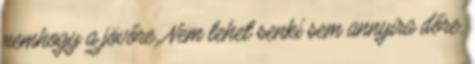
nemhogy a jövőre. Nem lehet senki sem annyira dőre,